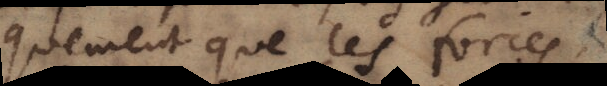
geometriquement, que les forces